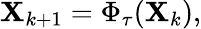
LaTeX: \mathbf{X}_{k+1}=\Phi_{\tau}(\mathbf{X}_{k}),